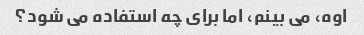
اوه، می بینم، اما برای چه استفاده می شود؟